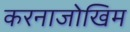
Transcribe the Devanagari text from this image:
करनाजोखिम